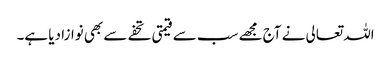
اللہ تعالی نے آج مجھے سب سے قیمتی تحفے سے بھی نوازا دیا ہے۔